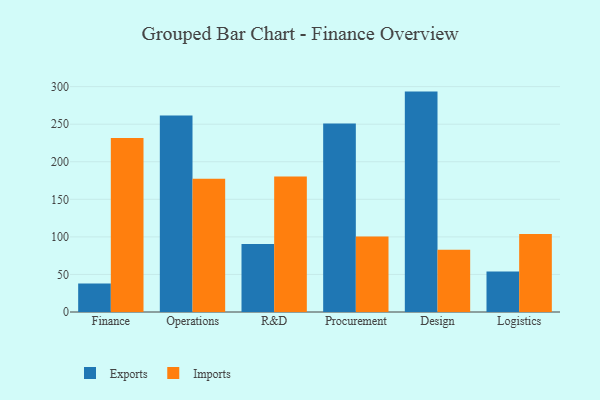
{"axis": {"x": "Department", "y": "Humidity (%)"}, "legend": ["Exports", "Imports"], "data": [{"x": "Finance", "y": 37.8, "type": "Exports"}, {"x": "Finance", "y": 231.6, "type": "Imports"}, {"x": "Operations", "y": 261.7, "type": "Exports"}, {"x": "Operations", "y": 177.4, "type": "Imports"}, {"x": "R&D", "y": 90.6, "type": "Exports"}, {"x": "R&D", "y": 180.5, "type": "Imports"}, {"x": "Procurement", "y": 251.1, "type": "Exports"}, {"x": "Procurement", "y": 100.4, "type": "Imports"}, {"x": "Design", "y": 293.4, "type": "Exports"}, {"x": "Design", "y": 82.9, "type": "Imports"}, {"x": "Logistics", "y": 54.0, "type": "Exports"}, {"x": "Logistics", "y": 104.0, "type": "Imports"}]}